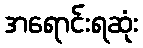
အရောင်းရဆုံး